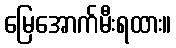
မြေအောက်မီးရထား။